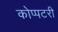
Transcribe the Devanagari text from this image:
कोप्पटरी